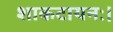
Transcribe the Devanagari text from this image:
शाकटायनः।